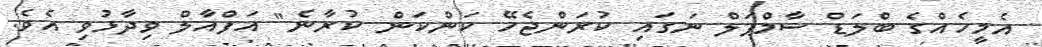
އެމީހެއްގެ ބްލަޑް ސާމްޕަލް ނަގައި ކުރަންޖެހޭ ކަންކަން ކުރާނެ" އަފްއާލް ވިދާޅުވި އެވެ.